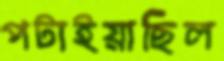
পটাইয়াছিল